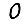
Digit: 0